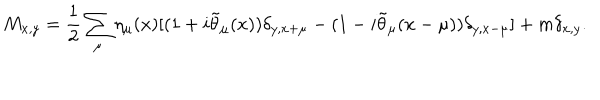
M _ { x , y } = \frac { 1 } { 2 } \sum _ { \mu } \eta _ { \mu } ( x ) [ ( 1 + i \tilde { \theta } _ { \mu } ( x ) ) \delta _ { y , x + \mu } - ( 1 - i \tilde { \theta } _ { \mu } ( x - \mu ) ) \delta _ { y , x - \mu } ] + m \delta _ { x , y } .